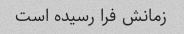
زمانش فرا رسیده است